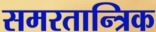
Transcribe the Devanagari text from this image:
समरतान्त्रिक